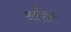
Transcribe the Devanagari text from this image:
सोवड